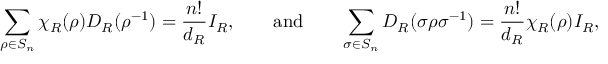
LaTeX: \sum _ { \rho \in S _ { n } } ^ { } \chi _ { R } ( \rho ) D _ { R } ( \rho ^ { - 1 } ) = \frac { n ! } { d _ { R } } I _ { R } , \qquad \mathrm { a n d } \qquad \sum _ { \sigma \in S _ { n } } ^ { } D _ { R } ( \sigma \rho \sigma ^ { - 1 } ) = \frac { n ! } { d _ { R } } \chi _ { R } ( \rho ) I _ { R } ,